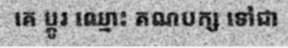
គេ ប្តូរ ឈ្មោះ គណបក្ស ទៅជា